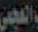
العجمي